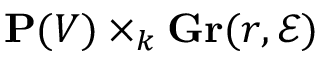
\mathbf { P } ( V ) \times _ { k } \mathbf { G r } ( r , { \mathcal { E } } )